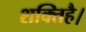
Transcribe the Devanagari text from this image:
शक्तिहै।